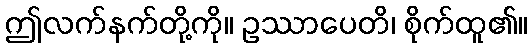
ဤလက်နက်တို့ကို။ ဥဿာပေတိ၊ စိုက်ထူ၏။